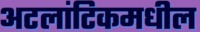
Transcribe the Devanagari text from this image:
अटलांटिकमधील